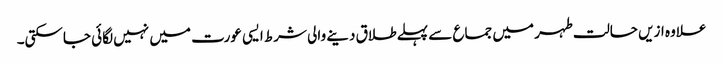
علاوہ ازیں حالت طہر میں جماع سے پہلےطلاق دینے والی شرط ایسی عورت میں نہیں لگائی جاسکتی۔